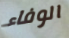
الوفاء